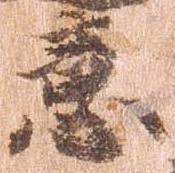
意